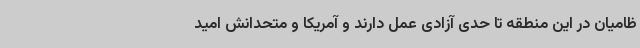
ظامیان در این منطقه تا حدی آزادی عمل دارند و آمریکا و متحدانش امید